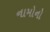
નામોનો